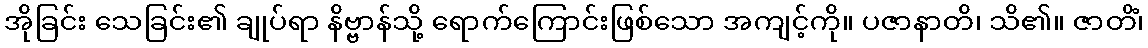
အိုခြင်း သေခြင်း၏ ချုပ်ရာ နိဗ္ဗာန်သို့ ရောက်ကြောင်းဖြစ်သော အကျင့်ကို။ ပဇာနာတိ၊ သိ၏။ ဇာတိံ၊